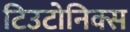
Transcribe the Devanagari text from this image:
टिउटोनिक्स